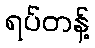
ရပ်တန့်